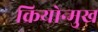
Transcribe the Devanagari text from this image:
क्रियोन्मुख